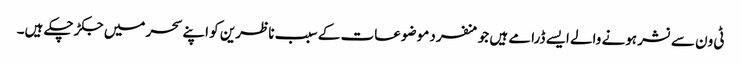
ٹی ون سے نشر ہونے والے ایسے ڈرامے ہیں جو منفرد موضوعات کے سبب ناظرین کو اپنے سحر میں جکڑ چکے ہیں۔